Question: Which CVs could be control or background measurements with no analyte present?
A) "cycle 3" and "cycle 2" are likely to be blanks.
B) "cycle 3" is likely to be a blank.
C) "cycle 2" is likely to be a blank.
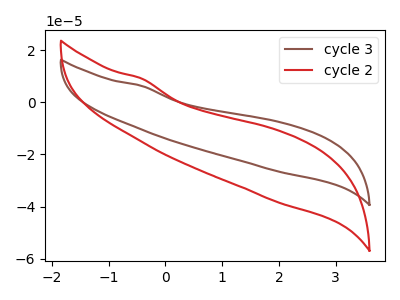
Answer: <think>The brown curve "cycle 3" has no peaks. The red curve "cycle 2" has no peaks.</think>
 <answer>A) "cycle 3" and "cycle 2" are likely to be blanks.</answer>
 <eval>A</eval>